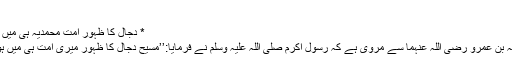
)
* دجال کا ظہور امت محمدیہ ہی میں ہوگا:
عبداللہ بن عمرو رضی اللہ عنہما سے مروی ہے کہ رسول اکرم صلی اللہ علیہ وسلم نے فرمایا:’’مسیح دجال کا ظہور میری امت ہی میں ہوگا‘‘۔